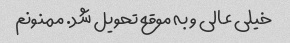
خیلی عالی و به موقع تحویل شد. ممنونم